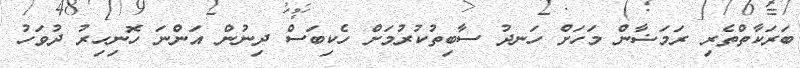
ބަރަކާތްތެރި ރަމަޟާން މަހަށް ހަނދު ސާބިތުކުރުމަށް ހެކިބަސް ދިނުން އަންނަ ހޮނިހިރު ދުވަހު